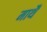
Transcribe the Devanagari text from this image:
माथै